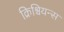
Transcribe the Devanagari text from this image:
क्रिश्चियन्स